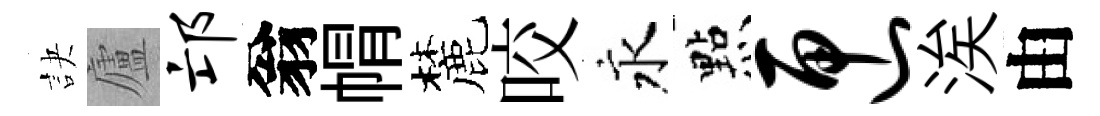
訣廬邙翁㡌麓咬永㸃匣涘由